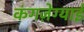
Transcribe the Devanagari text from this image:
कंगज़ेग्याई